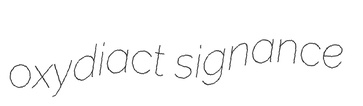
oxydiact signance